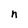
Character: n